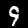
Label: 9